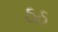
ઠઠ